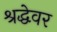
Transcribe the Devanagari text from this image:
श्रद्धेवर